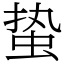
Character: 蛰